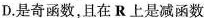
D.是奇函数，且在R上是减函数